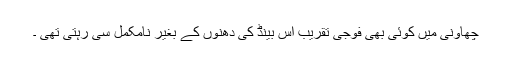
چھاونی میں کوئی بھی فوجی تقریب اس بینڈ کی دھنوں کے بغیر نامکمل سی رہتی تھی ۔